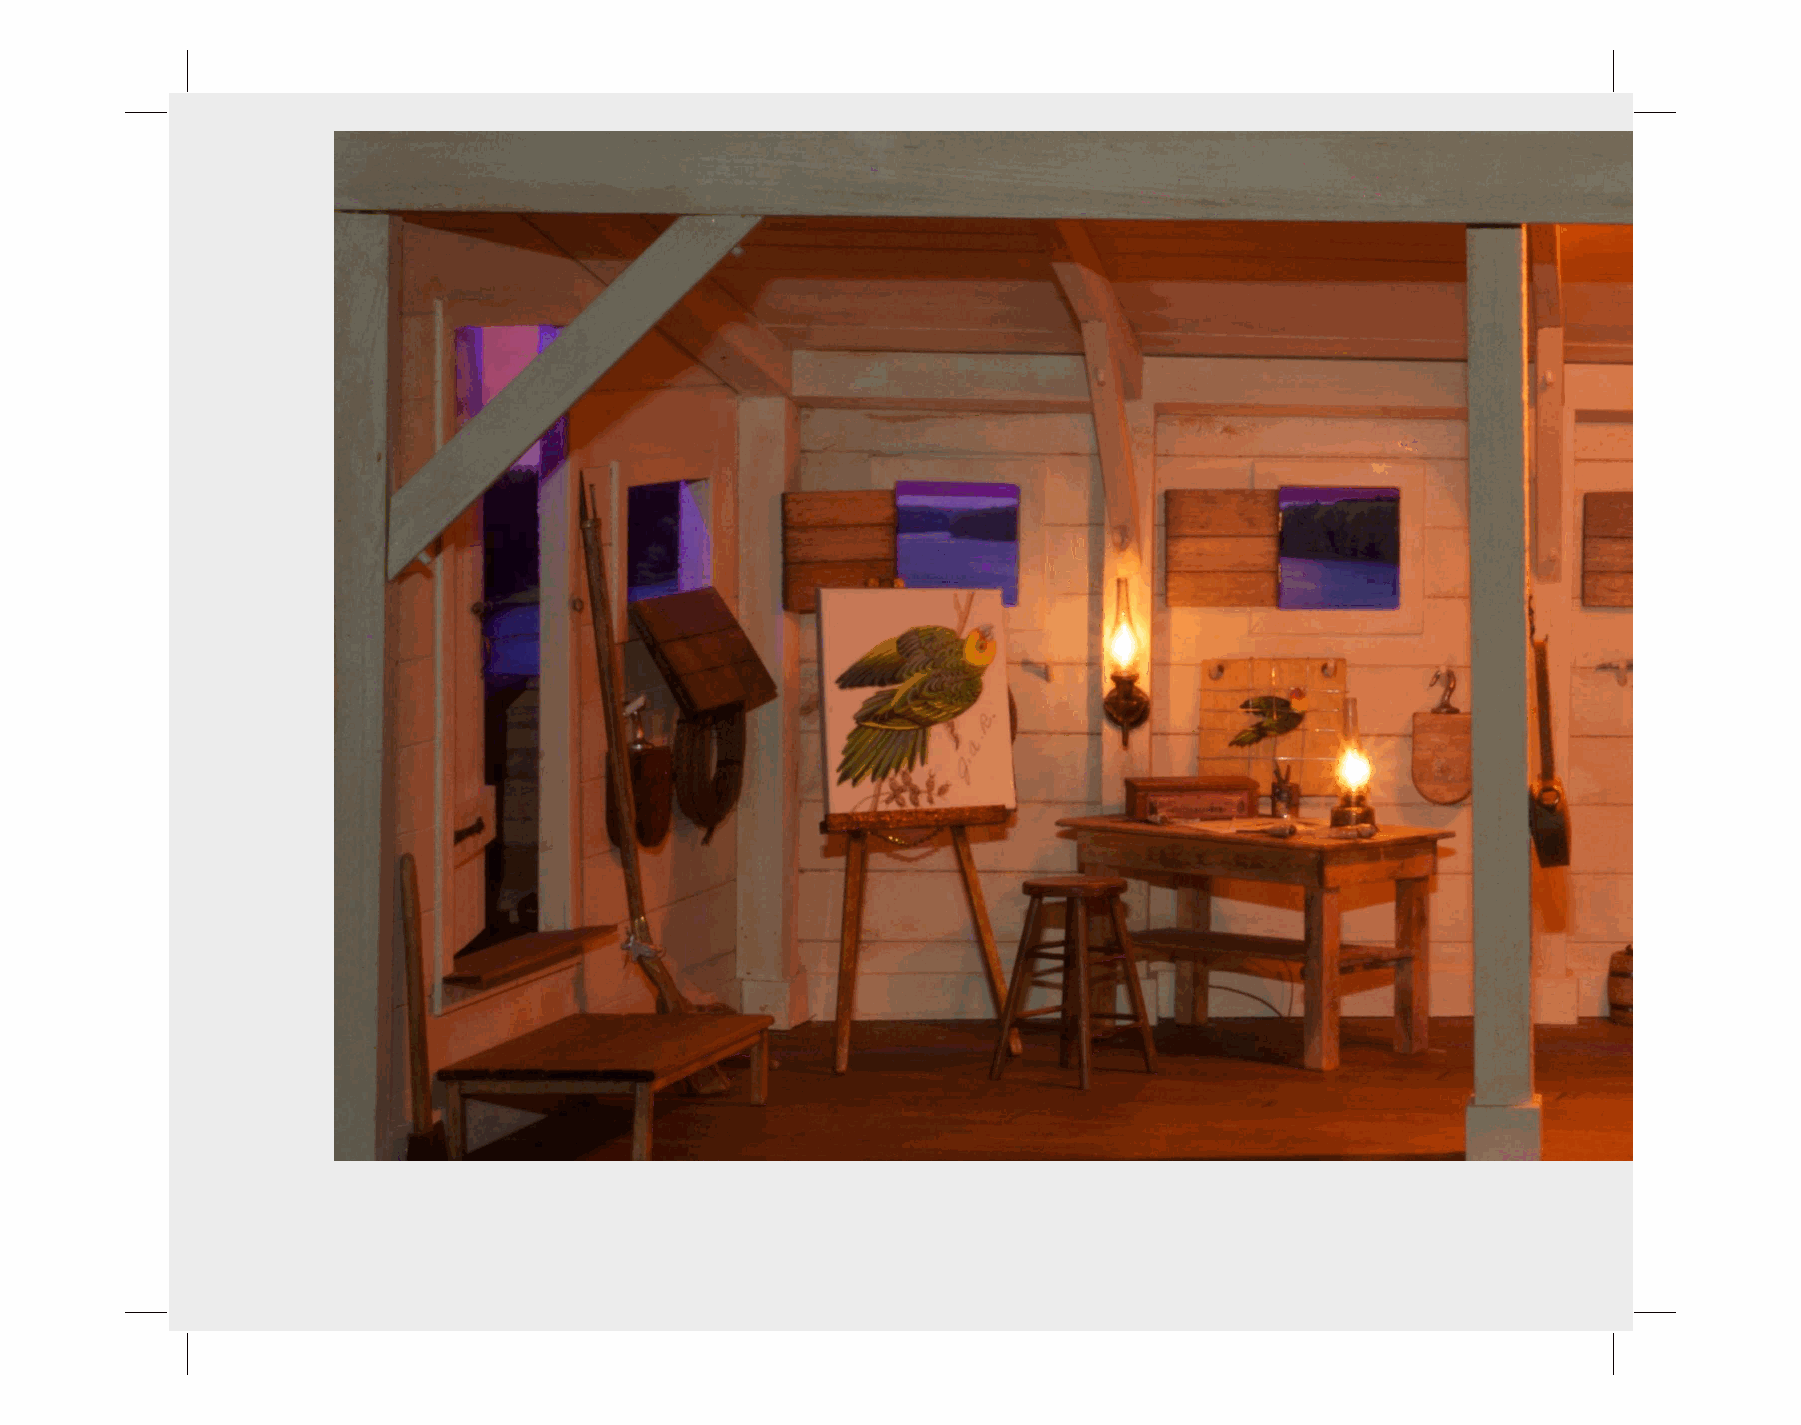
“Audubon’s Flatboat” - Night View
 (24” X 12” X 12”) - Kathleen Savage Browning Collection at the Kentucky Gateway Museum Center , Maysville,
 KY